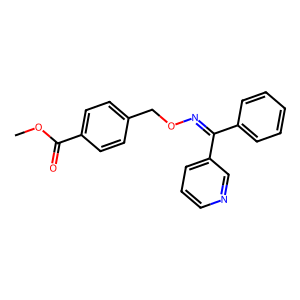
SMILES: COC(=O)c1ccc(CON=C(c2ccccc2)c2cccnc2)cc1
Inhibits HIV replication: No